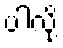
ပါလို့